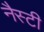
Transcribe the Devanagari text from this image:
नैस्टी